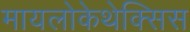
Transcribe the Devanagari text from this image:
मायलोकेथेक्सिस